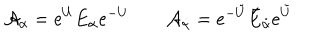
LaTeX: { \cal A } _ { \alpha } = e ^ { U } E _ { \alpha } e ^ { - U } \qquad { \cal A } _ { \dot { \alpha } } = e ^ { - \tilde { U } } \bar { E } _ { \dot { \alpha } } e ^ { \tilde { U } }